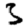
Digit: 3